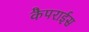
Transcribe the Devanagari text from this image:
कैपराईस